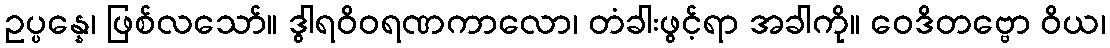
ဥပ္ပန္နေ၊ ဖြစ်လသော်။ ဒွါရဝိဝရဏကာလော၊ တံခါးဖွင့်ရာ အခါကို။ ဝေဒိတဗ္ဗော ဝိယ၊